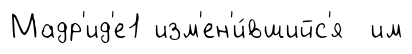
Мадр'ид'е1 изм'ен'и́вшийс'я им